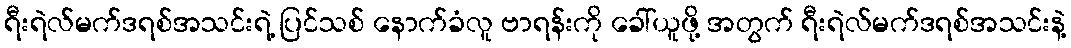
ရီးရဲလ်မက်ဒရစ်အသင်းရဲ့ ပြင်သစ် နောက်ခံလူ ဗာရန်းကို ခေါ်ယူဖို့ အတွက် ရီးရဲလ်မက်ဒရစ်အသင်းနဲ့